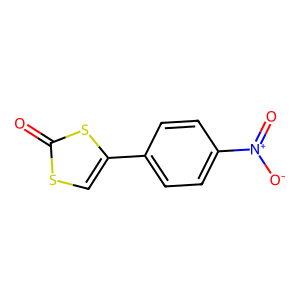
SMILES: O=c1scc(-c2ccc([N+](=O)[O-])cc2)s1
Inhibits HIV replication: No